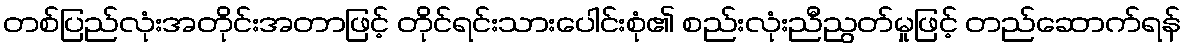
တစ်ပြည်လုံးအတိုင်းအတာဖြင့် တိုင်ရင်းသားပေါင်းစုံ၏ စည်းလုံးညီညွတ်မှုဖြင့် တည်ဆောက်ရန်